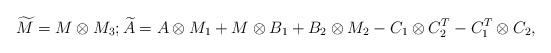
LaTeX: \begin{align*}\widetilde{M} = M\otimes M_3; \widetilde{A} = A\otimes M_1 + M\otimes B_1 + B_2 \otimes M_2 - C_1\otimes C_2^T - C_1^T \otimes C_2,\end{align*}